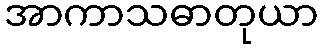
အာကာသဓာတုယာ